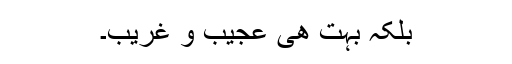
بلکہ بہت ھی عجیب و غریب۔